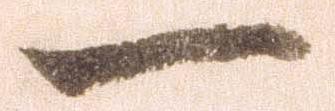
一